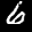
Label: 6